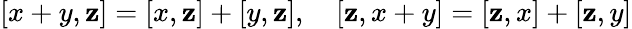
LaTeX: [x+y,\mathbf{z}]=[x,\mathbf{z}]+[y,\mathbf{z}],\quad[\mathbf{z},x+y]=[\mathbf{z},x]+[\mathbf{z},y]